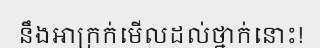
នឹងអាក្រក់មើលដល់ថ្នាក់នោះ!